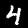
Label: 4